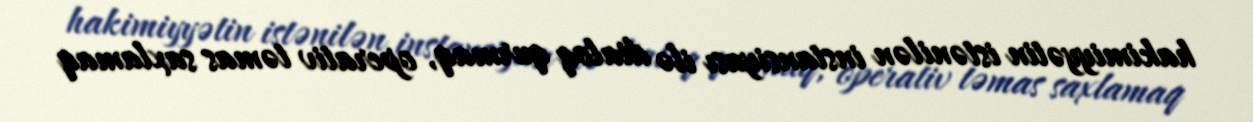
hakimiyyətin istənilən instansiyası ilə dialoq qurmaq, operativ təmas saxlamaq